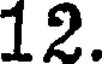
12.